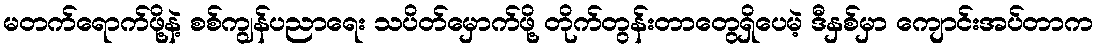
မတက်ရောက်ဖို့နဲ့ စစ်ကျွန်ပညာရေး သပိတ်မှောက်ဖို့ တိုက်တွန်းတာတွေရှိပေမဲ့ ဒီနှစ်မှာ ကျောင်းအပ်တာက